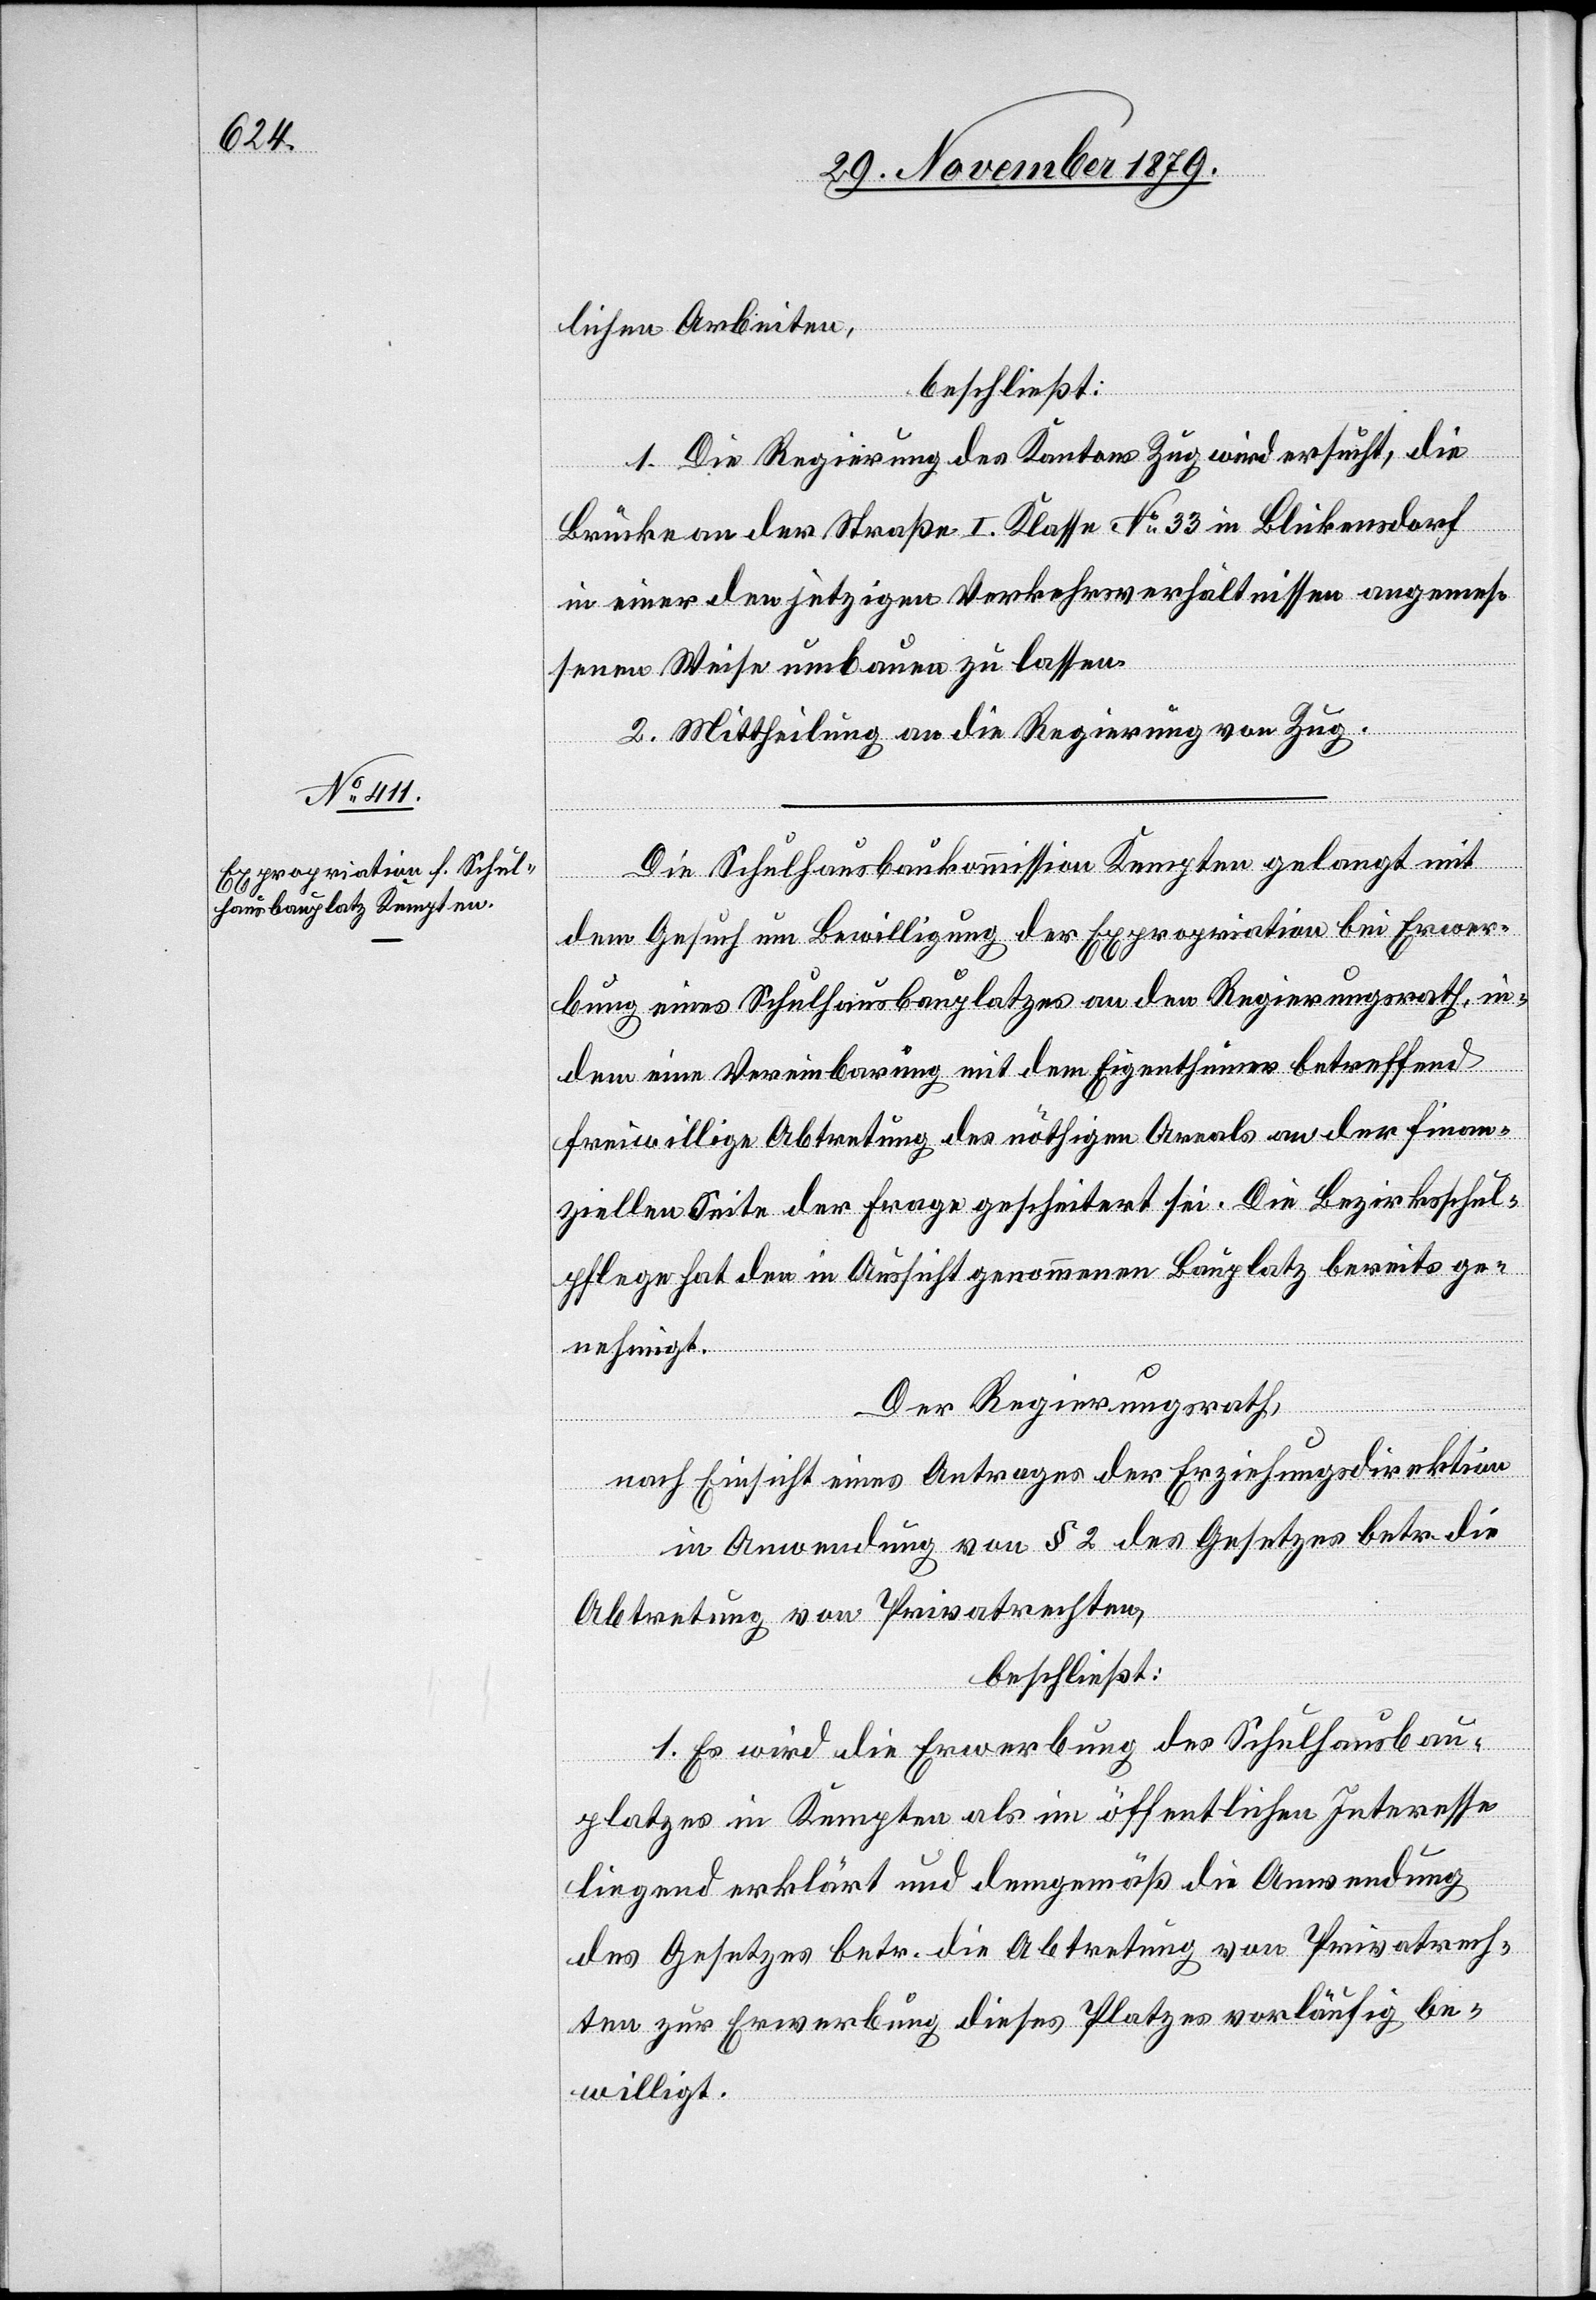
lichen Arbeiten,
beschließt:
1. Die Regierung des Kantons Zug wird ersucht, die
Brücke an der Straße I. Klasse No 33 in Blickensdorf
in einer den jetzigen Verkehrsverhältnissen angemes¬
senen Weise umbauen zu lassen.
2. Mittheilung an die Regierung von Zug.
Die Schulhausbaukommission Kempten gelangt mit
dem Gesuch um Bewilligung der Expropriation bei Erwer¬
bung eines Schulhausbauplatzes an den Regierungsrath, in¬
dem eine Vereinbarung mit dem Eigenthümer betreffend
freiwillige Abtretung des nöthigen Areals an der finan¬
ziellen Seite der Frage gescheitert sei. Die Bezirksschul¬
pflege hat den in Aussicht genommenen Bauplatz bereits ge¬
nehmigt.
Der Regierungsrath,
nach Einsicht eines Antrages der Erziehungsdirektion
in Anwendung von§ 2 des Gesetzes betr. die
Abtretung von Privatrechten,
beschließt:
1. Es wird die Erwerbung des Schulhausbau¬
platzes in Kempten als im öffentlichen Interesse
liegend erklärt und demgemäß die Anwendung
des Gesetzes betr. die Abtretung von Privatrech¬
ten zur Erwerbung dieses Platzes vorläufig be¬
willigt.